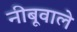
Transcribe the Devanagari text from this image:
नीबूवाले